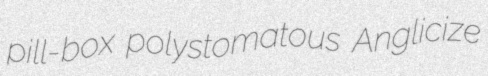
pill-box polystomatous Anglicize